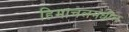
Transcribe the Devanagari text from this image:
हिमाचलमधील